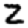
Digit: 2